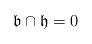
LaTeX: \begin{align*}\mathfrak{b}\cap \mathfrak{h}=0\end{align*}